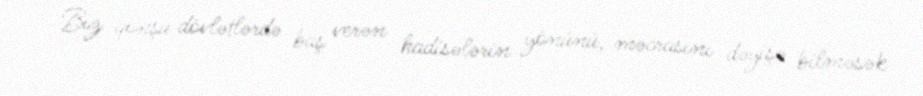
Biz qonşu dövlətlərdə baş verən hadisələrin yönünü, məcrasını dəyişə bilməsək